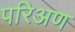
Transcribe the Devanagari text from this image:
परिअण